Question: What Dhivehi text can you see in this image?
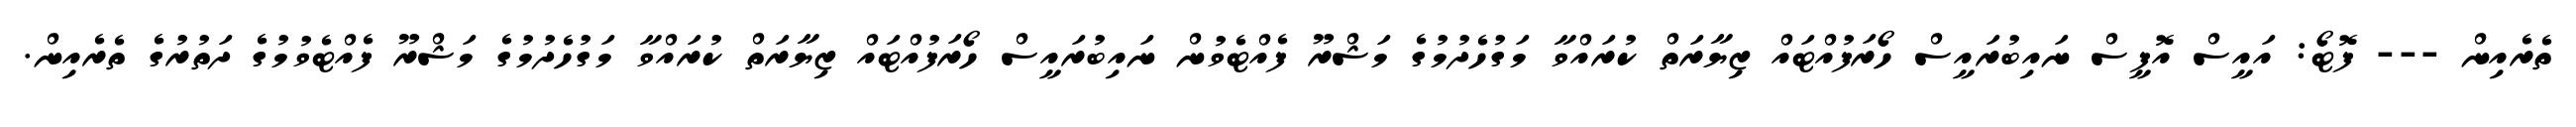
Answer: ތެރެއިން --- ފޮޓޯ: އައީސް އޮފީސް ނައިބުރައީސް ހޯރަފުއްޓައް ޒިޔާރަތް ކުރައްވާ މަގުހެދުމުގެ މަޝްރޫ ފެއްޓެވުން ނައިބުރައީސް ހޯރަފުއްޓައް ޒިޔާރަތް ކުރައްވާ މަގުހެދުމުގެ މަޝްރޫ ފެއްޓެވުމުގެ ދަތުރުގެ ތެރެއިން.